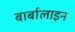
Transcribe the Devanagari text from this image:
बार्बालाइन